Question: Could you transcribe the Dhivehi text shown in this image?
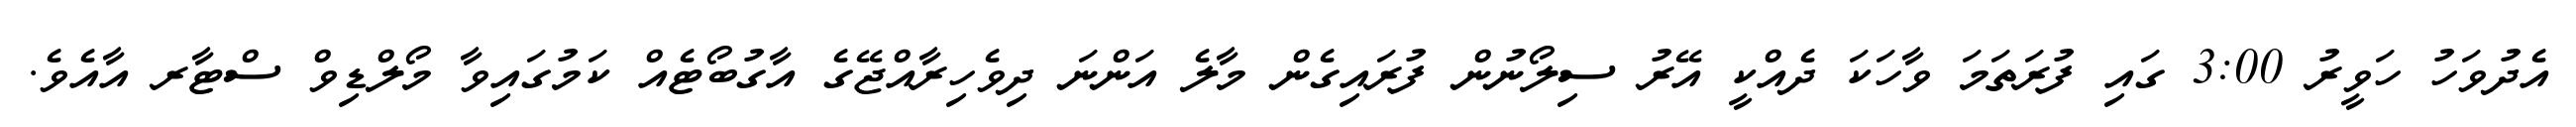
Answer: އެދުވަހު ހަވީރު 3:00 ގައި ފުރަތަމަ ވާހަކަ ދެއްކީ އޭރު ސިލޯނުން ފުރައިގެން މާލެ އަންނަ ދިވެހިރާއްޖޭގެ އާގުބޯޓެއް ކަމުގައިވާ މޯލްޑިވް ސްޓާރ އާއެވެ.